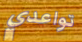
تواعدي